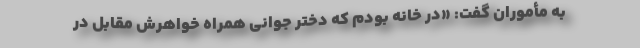
به مأموران گفت: «در خانه بودم که دختر جوانی همراه خواهرش مقابل در